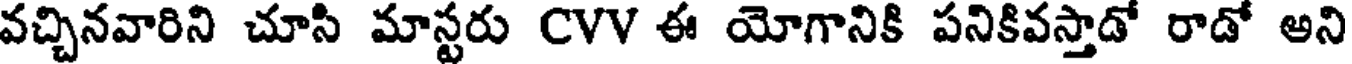
వచ్చినవారిని చూసి మాస్టరు CVV ఈ యోగానికి పనికివస్తాడో రాడో అని